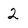
Character: 2